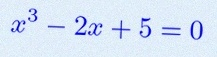
x^3-2x+5=0